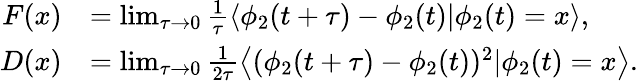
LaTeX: \begin{array}{rl}{F(x)}&{=\operatorname*{lim}_{\tau\rightarrow 0}\frac{1}{\tau}\left\langle\phi_{2}(t+\tau)-\phi_{2}(t)|\phi_{2}(t)=x\right\rangle,}\\ {D(x)}&{=\operatorname*{lim}_{\tau\rightarrow 0}\frac{1}{2\tau}\left\langle(\phi_{2}(t+\tau)-\phi_{2}(t))^{2}|\phi_{2}(t)=x\right\rangle.}\end{array}